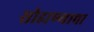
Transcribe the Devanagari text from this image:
सोडाण्याचा